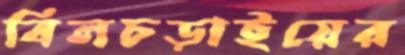
বিলচড়াইয়ের